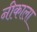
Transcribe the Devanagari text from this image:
नीकाला